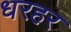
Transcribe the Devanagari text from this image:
धरहर